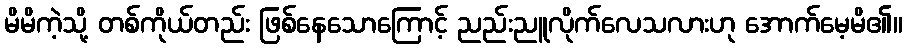
မိမိကဲ့သို့ တစ်ကိုယ်တည်း ဖြစ်နေသောကြောင့် ညည်းညူလိုက်လေသလားဟု အောက်မေ့မိ၏။